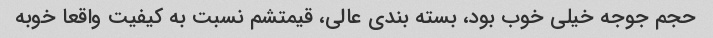
حجم جوجه خیلی خوب بود، بسته بندی عالی، قیمتشم نسبت به کیفیت واقعا خوبه